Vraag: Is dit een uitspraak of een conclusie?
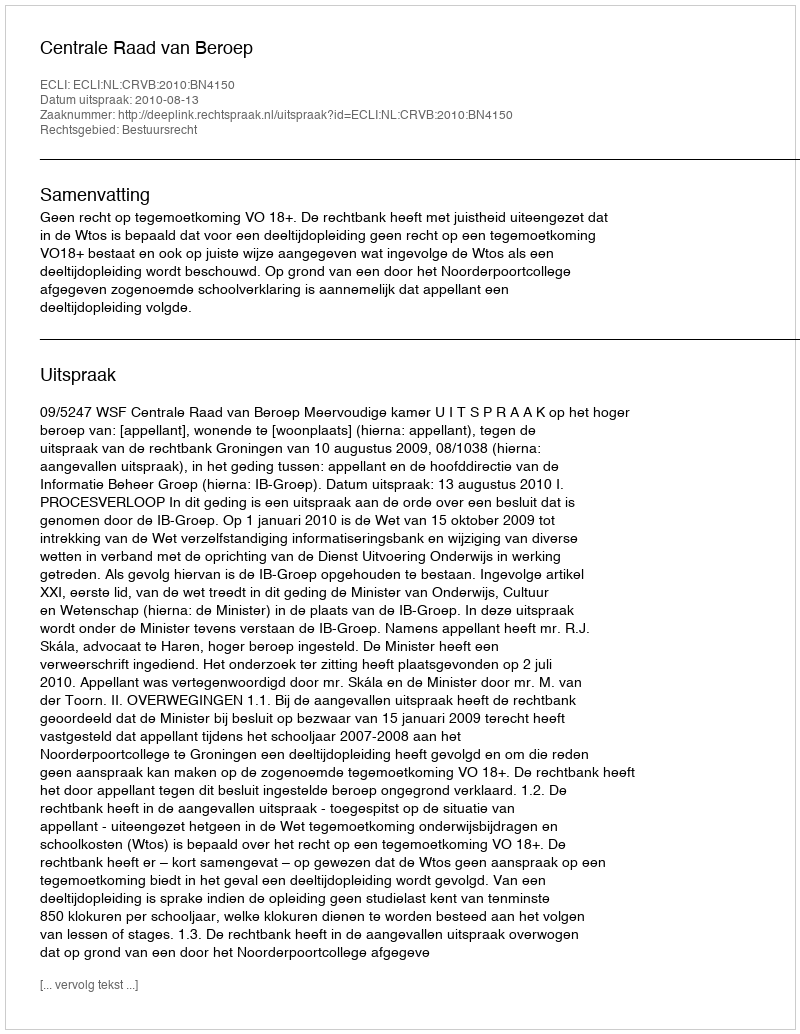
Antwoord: Uitspraak